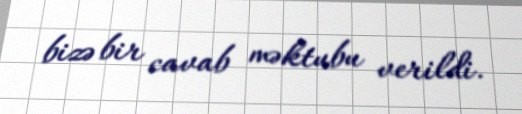
bizə bir cavab məktubu verildi.